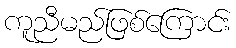
ကူညီမည်ဖြစ်ကြောင်း